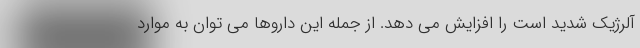
آلرژیک شدید است را افزایش می دهد. از جمله این داروها می توان به موارد